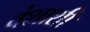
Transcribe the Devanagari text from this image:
वंशाशी